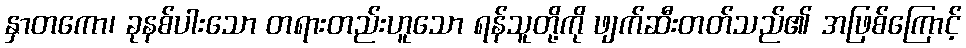
နှာတကော၊ ခုနစ်ပါးသော တရားတည်းဟူသော ရန်သူတို့ကို ဖျက်ဆီးတတ်သည်၏ အဖြစ်ကြောင့်